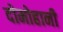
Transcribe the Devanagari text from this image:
दोमोहानी